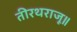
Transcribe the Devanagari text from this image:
तीरथराजू॥